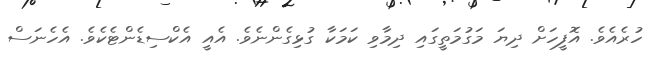
ހުރެއެވެ. އޮފީހަށް ދިޔަ މަގުމަތީގައި ދިމާވި ކަމަކާ ގުޅިގެންނެވެ. އެއީ އެކްސިޑެންޓެކެވެ. އެހެނަސް